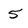
Character: 5